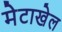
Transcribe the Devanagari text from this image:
मेटाखेल